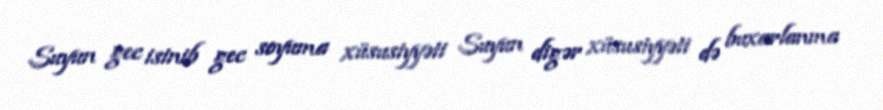
Suyun gec isinib gec soyuma xüsusiyyəti Suyun digər xüsusiyyəti də buxarlanma